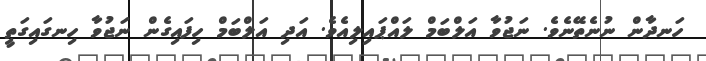
ހަނދާން ނުނެތޭނެވެ. ނަޖުވާ އަލްބަމް ލައްޕައިލިއެވެ. އަދި އަލްބަމް ހިފައިގެން ނަޖުވާ ހިނގައިގަތީ